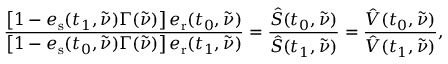
\frac { \left[ 1 - e _ { \mathrm { s } } ( t _ { 1 } , \tilde { \nu } ) \Gamma ( \tilde { \nu } ) \right] e _ { \mathrm { r } } ( t _ { 0 } , \tilde { \nu } ) } { \left[ 1 - e _ { \mathrm { s } } ( t _ { 0 } , \tilde { \nu } ) \Gamma ( \tilde { \nu } ) \right] e _ { \mathrm { r } } ( t _ { 1 } , \tilde { \nu } ) } = \frac { \hat { S } ( t _ { 0 } , \tilde { \nu } ) } { \hat { S } ( t _ { 1 } , \tilde { \nu } ) } = \frac { \hat { V } ( t _ { 0 } , \tilde { \nu } ) } { \hat { V } ( t _ { 1 } , \tilde { \nu } ) } ,